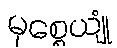
မုစ္စေယျုံ